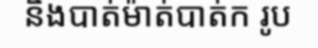
និងបាត់ម៉ាត់បាត់ក រូប